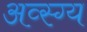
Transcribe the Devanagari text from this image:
अव्स्ग्य